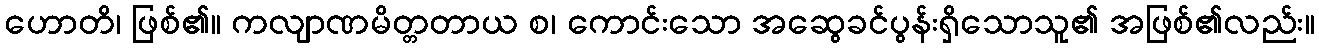
ဟောတိ၊ ဖြစ်၏။ ကလျာဏမိတ္တတာယ စ၊ ကောင်းသော အဆွေခင်ပွန်းရှိသောသူ၏ အဖြစ်၏လည်း။